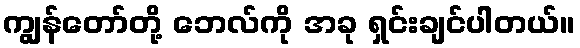
ကျွန်တော်တို့ ဘေလ်ကို အခု ရှင်းချင်ပါတယ်။